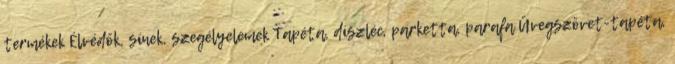
termékek Élvédők, sínek, szegélyelemek Tapéta, díszléc, parketta, parafa Üvegszövet-tapéta,